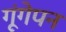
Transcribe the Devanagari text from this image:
गूंगेपन